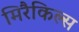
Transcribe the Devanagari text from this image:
मिरैकिल्स